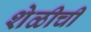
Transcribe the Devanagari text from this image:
शेळीची